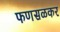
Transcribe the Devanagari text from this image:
फणसळकर